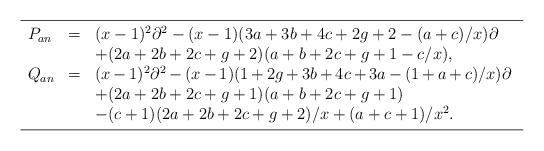
LaTeX: \begin{align*} \hskip-36pt \begin{array}{lcp{10.7cm}} \hline\noalign{\smallskip}P_{an} &=& $(x-1)^2 \partial^2 -(x-1)(3a+3b+4c+2g+2-(a+c)/x) \partial$ \\ && $+ (2a+2b+2c+g+2)(a+b+2c+g+1-c/x)$,\\Q_{an} &=& $ (x-1)^2 \partial^2 -(x-1)(1+2g+3b+4c+3a-(1+a+c)/x)\partial$ \\&& $+(2a+2b+2c+g+1)(a+b+2c+g+1)$\\&& $-(c+1)(2a+2b+2c+g+2)/x +(a+c+1)/x^2$. \\ \noalign{\smallskip}\hline \end{array} \end{align*}